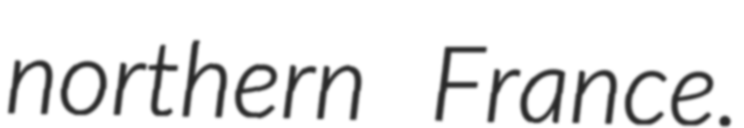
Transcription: northern France.